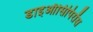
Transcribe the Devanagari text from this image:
डाइऑसिपिरॉस